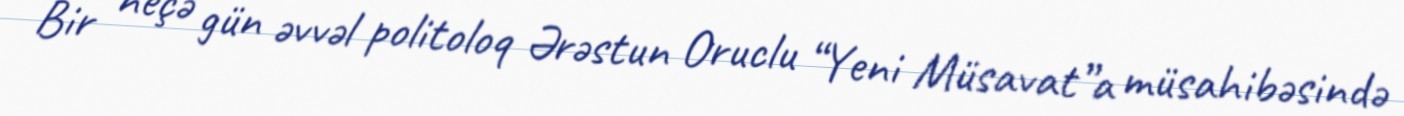
Bir neçə gün əvvəl politoloq Ərəstun Oruclu “Yeni Müsavat”a müsahibəsində